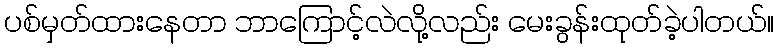
ပစ်မှတ်ထားနေတာ ဘာကြောင့်လဲလို့လည်း မေးခွန်းထုတ်ခဲ့ပါတယ်။